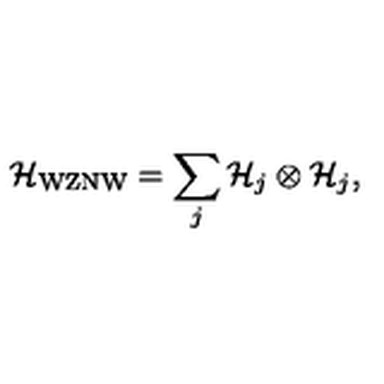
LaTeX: { \cal H } _ { \mathrm { W Z N W } } = \sum _ { j } { \cal H } _ { j } \otimes { \cal H } _ { j } ,